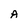
Character: A